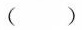
()